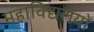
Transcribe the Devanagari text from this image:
महाविद्यलयों